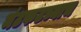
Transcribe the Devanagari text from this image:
मंटफटच्याच